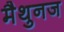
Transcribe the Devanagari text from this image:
मैथुनज